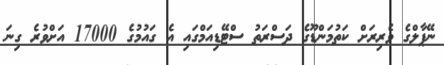
ނޭޕާލްގެ ވެރިރަށް ކަތުމަންޑޫގެ ދަސްރަތު ސްޓޭޑިއަމްގައި އެ ގައުމުގެ 17000 އަށްވުރެ ގިނަ